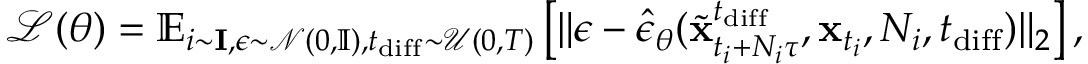
\mathcal { L } ( \theta ) = \mathbb { E } _ { i \sim \mathbf { I } , \epsilon \sim \mathcal { N } ( 0 , \mathbb { I } ) , t _ { \mathrm { d i f f } } \sim \mathcal { U } ( 0 , T ) } \left[ \lVert \epsilon - \hat { \epsilon } _ { \boldsymbol { \theta } } ( \widetilde { \mathbf { x } } _ { t _ { i } + N _ { i } \tau } ^ { t _ { \mathrm { d i f f } } } , \mathbf { x } _ { t _ { i } } , N _ { i } , t _ { \mathrm { d i f f } } ) \rVert _ { 2 } \right] ,